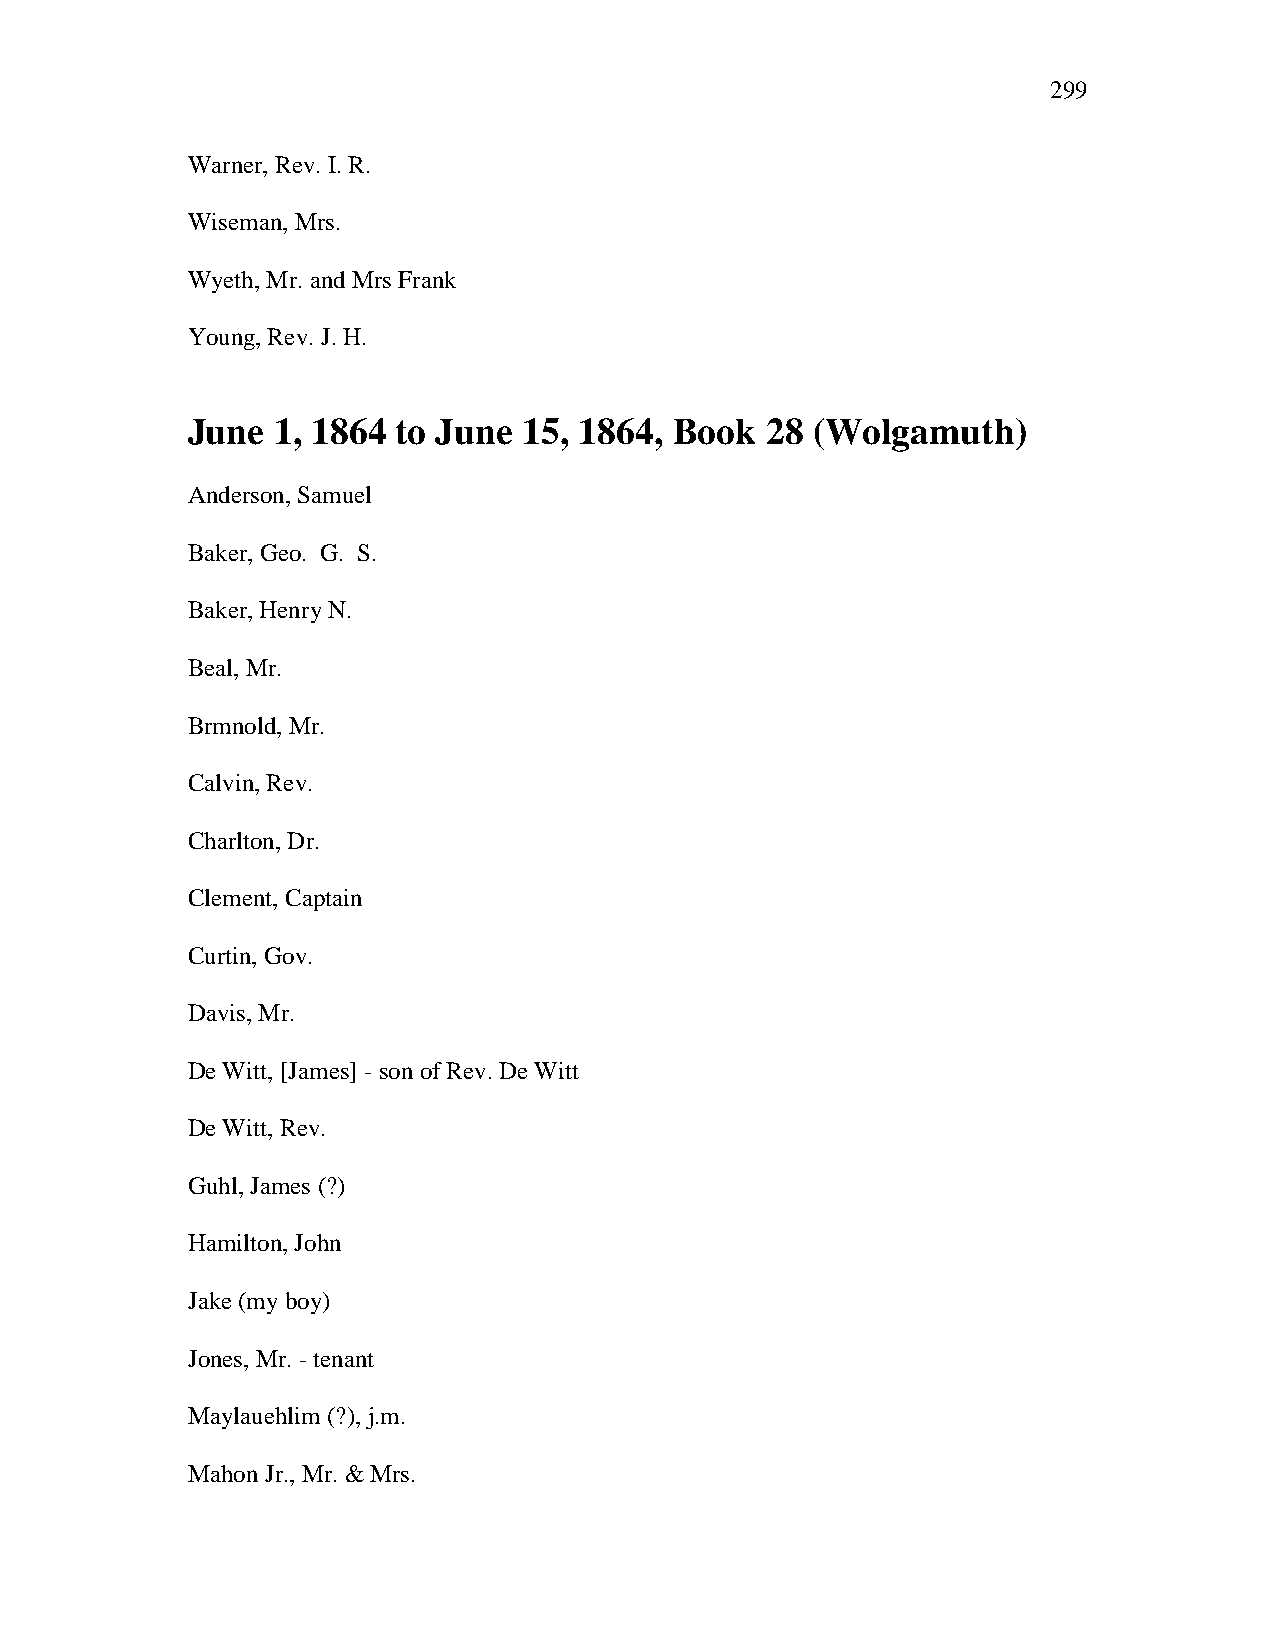
299
 Warner, Rev. I. R.
 Wiseman, Mrs.
 Wyeth, Mr. and Mrs Frank
 Young, Rev. J. H.
 June  1, 1864 to June  15, 1864, Book  28 (Wolgamuth)
 Anderson, Samuel
 Baker, Geo. G. S.
 Baker, Henry N.
 Beal, Mr.
 Brmnold, Mr.
 Calvin, Rev.
 Charlton, Dr.
 Clement, Captain
 Curtin, Gov.
 Davis, Mr.
 De Witt, [James] - son of Rev. De Witt
 De Witt, Rev.
 Guhl, James (?)
 Hamilton, John
 Jake (my boy)
 Jones, Mr. - tenant
 Maylauehlim (?), j.m.
 Mahon Jr., Mr. & Mrs.